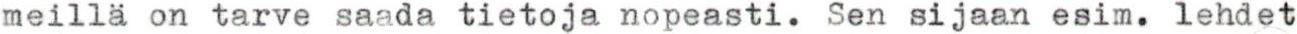
meillä on tarve saada tietoja nopeasti. Sen sijaan esim. lehdet